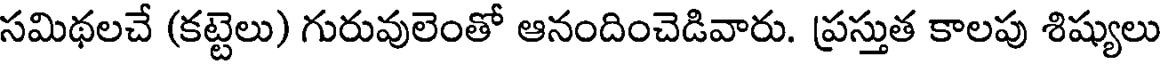
సమిథలచే (కట్టెలు) గురువులెంతో ఆనందించెడివారు. ప్రస్తుత కాలపు శిష్యులు